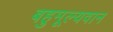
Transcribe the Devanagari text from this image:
बहुमूल्यवान